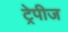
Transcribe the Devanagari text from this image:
ट्रेपीज